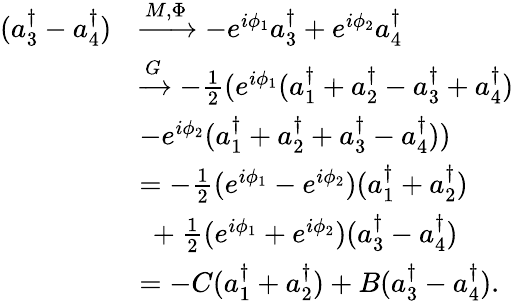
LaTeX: \begin{array}{rl}{(a_{3}^{\dagger}-a_{4}^{\dagger})}&{\xrightarrow{M,\Phi}-e^{i\phi_{1}}a_{3}^{\dagger}+e^{i\phi_{2}}a_{4}^{\dagger}}\\ &{\xrightarrow{G}-\frac 12(e^{i\phi_{1}}(a_{1}^{\dagger}+a_{2}^{\dagger}-a_{3}^{\dagger}+a_{4}^{\dagger})}\\ &{-e^{i\phi_{2}}(a_{1}^{\dagger}+a_{2}^{\dagger}+a_{3}^{\dagger}-a_{4}^{\dagger}))}\\ &{=-\frac 12(e^{i\phi_{1}}-e^{i\phi_{2}})(a_{1}^{\dagger}+a_{2}^{\dagger})}\\ &{\ +\frac 12(e^{i\phi_{1}}+e^{i\phi_{2}})(a_{3}^{\dagger}-a_{4}^{\dagger})}\\ &{=-C(a_{1}^{\dagger}+a_{2}^{\dagger})+B(a_{3}^{\dagger}-a_{4}^{\dagger}).}\end{array}